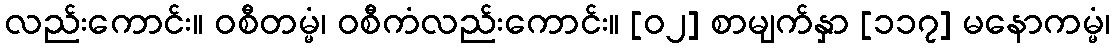
လည်းကောင်း။ ဝစီတမ္မံ၊ ဝစီကံလည်းကောင်း။ [၀၂] စာမျက်နှာ [၁၁၇] မနောကမ္မံ၊